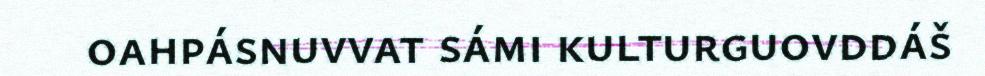
oahpásnuvvat sámi kulturguovddáš